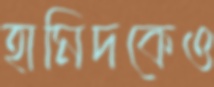
হামিদকেও